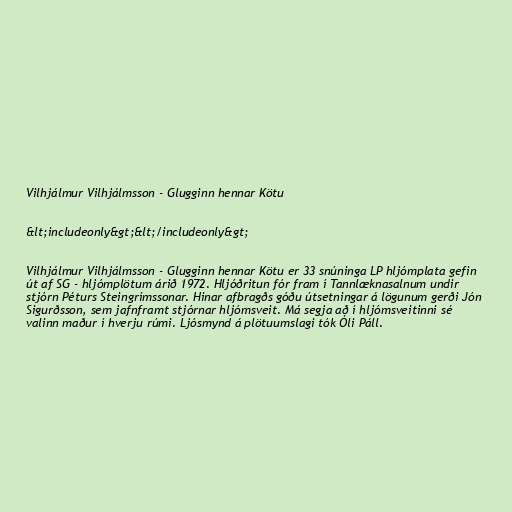
Vilhjálmur Vilhjálmsson - Glugginn hennar Kötu

&lt;includeonly&gt;&lt;/includeonly&gt;

Vilhjálmur Vilhjálmsson - Glugginn hennar Kötu er 33 snúninga LP hljómplata gefin
út af SG - hljómplötum árið 1972. Hljóðritun fór fram í Tannlæknasalnum undir
stjórn Péturs Steingrímssonar. Hinar afbragðs góðu útsetningar á lögunum gerði Jón
Sigurðsson, sem jafnframt stjórnar hljómsveit. Má segja að í hljómsveitinni sé
valinn maður í hverju rúmi. Ljósmynd á plötuumslagi tók Óli Páll.